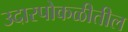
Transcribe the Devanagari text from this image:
उदारपोकळीतील